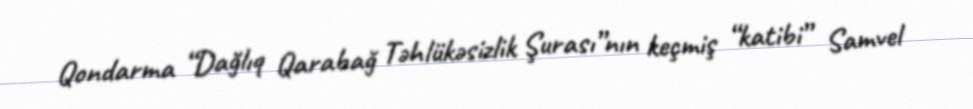
Qondarma “Dağlıq Qarabağ Təhlükəsizlik Şurası”nın keçmiş “katibi” Samvel